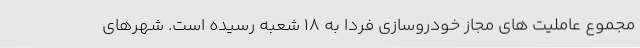
مجموع عاملیت های مجاز خودروسازی فردا به 18 شعبه رسیده است. شهرهای